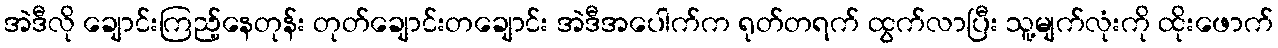
အဲဒီလို ချောင်းကြည့်နေတုန်း တုတ်ချောင်းတချောင်း အဲဒီအပေါက်က ရုတ်တရက် ထွက်လာပြီး သူ့မျက်လုံးကို ထိုးဖောက်